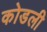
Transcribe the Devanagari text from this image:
कोडली